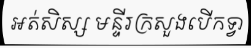
អត់សិស្ស មន្ទីរក្រសួងបើកទ្វា